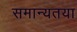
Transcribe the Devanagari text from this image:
समान्यतया